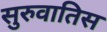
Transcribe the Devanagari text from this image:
सुरुवातिस